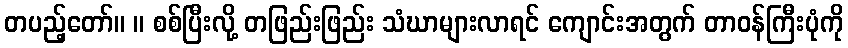
တပည့်တော်။ ။ စစ်ပြီးလို့ တဖြည်းဖြည်း သံဃာများလာရင် ကျောင်းအတွက် တာဝန်ကြီးပုံကို